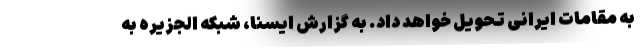
به مقامات ایرانی تحویل خواهد داد. به گزارش ایسنا، شبکه الجزیره به